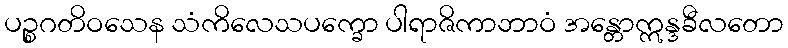
ပဉ္စဂတိဝသေန သံကိလေသပက္ခော ပါရာဇိကာဘာဝံ အန္တောဣန္ဒခီလတော